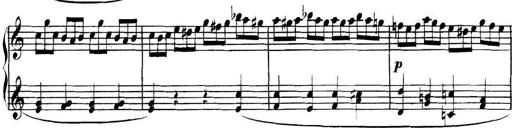
Title: Collected Piano Sonatas
Composer: Muzio Clementi